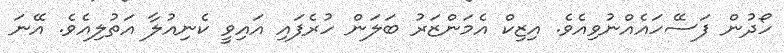
ހޯދުން ފަސޭހައެއްނުވިއެވެ. އިޒިކް އެމަންޒަރު ބަލަން ހުރެފައި އައިވީ ކެނިއުލާ އަތުލިއެވެ. އޭނަ